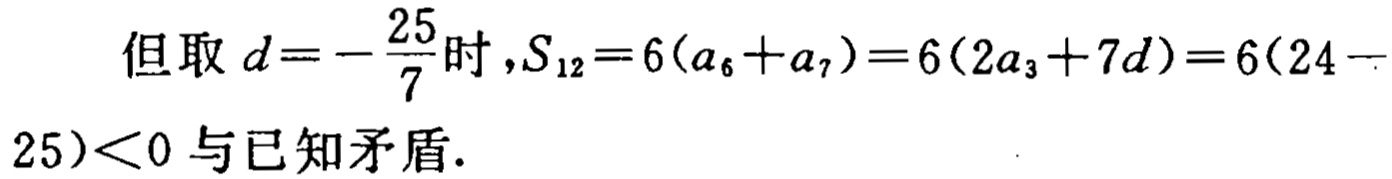
但取 \(d = - \frac{25}{7}\)时，\(S_{12} = 6(a_{6} + a_{7}) = 6(2a_{3} + 7d)=6(24 - 25)<0\) 与已知矛盾.